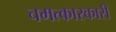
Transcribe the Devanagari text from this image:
चमत्कारकारी